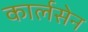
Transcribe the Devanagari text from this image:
कार्लसेन